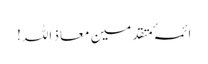
ائمہٴ متقدمین معاذ اللہ!